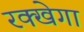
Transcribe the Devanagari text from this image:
रक्खेगा